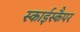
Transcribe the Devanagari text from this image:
स्काईस्कैपर